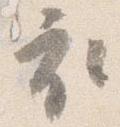
衣